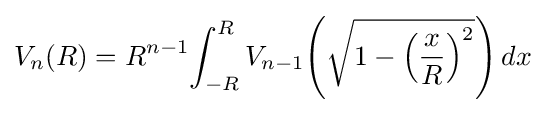
V_{n}(R)=R^{n-1}\!\int _{-R}^{R}V_{n-1}\!\left({\sqrt {1-\left({\frac {x}{R}}\right)^{2}}}\right)dx